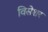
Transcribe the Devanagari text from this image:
विसेशर